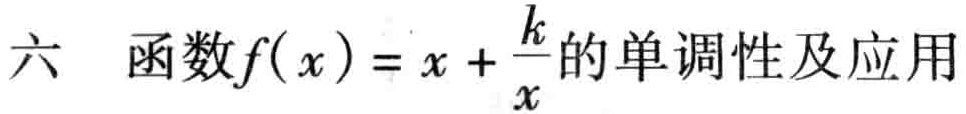
六 函数\(f(x)=x+\frac{k}{x}\)的单调性及应用